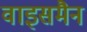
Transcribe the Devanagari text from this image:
वाइसमैन